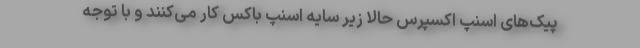
پیک‌های اسنپ اکسپرس حالا زیر سایه اسنپ باکس کار می‌کنند و با توجه